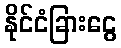
နိုင်ငံခြားငွေ